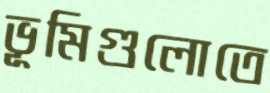
ভূমিগুলোতে